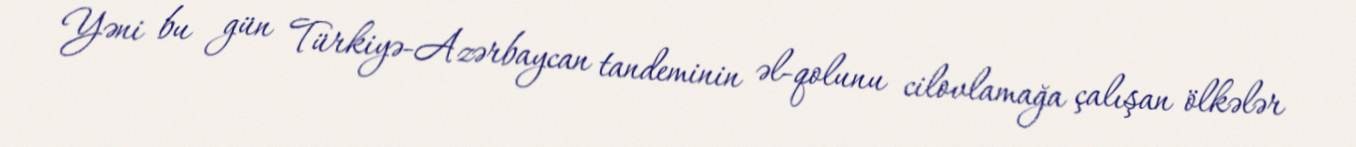
Yəni bu gün Türkiyə-Azərbaycan tandeminin əl-qolunu cilovlamağa çalışan ölkələr